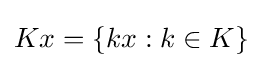
Kx=\{kx:k\in K\}